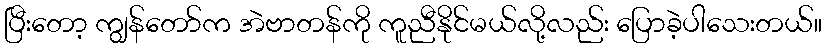
ပြီးတော့ ကျွန်တော်က အဲဗာတန်ကို ကူညီနိုင်မယ်လို့လည်း ပြောခဲ့ပါသေးတယ်။